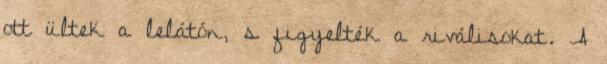
ott ültek a lelátón, s figyelték a riválisokat. A